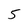
Character: 5